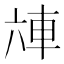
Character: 𰹌